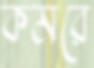
কমরে